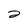
Character: 2